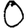
Digit: 0